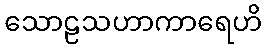
သောဠသဟာကာရေဟိ